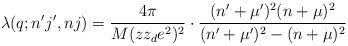
\begin{align*}\lambda(q;n^{\prime}j^{\prime},nj) = \frac{4\pi}{M(zz_de^2)^2} \cdot \frac{(n^{\prime}+\mu^{\prime})^2 (n+\mu)^2}{(n^{\prime}+\mu^{\prime})^2 - (n+\mu)^2}\end{align*}